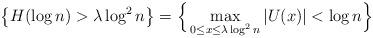
LaTeX: \begin{align*}\big\{H(\log n) > \lambda \log^2 n\big\} = \Big\{\max_{0 \leq x \leq \lambda \log^2 n} |U(x)| < \log n\Big\}\end{align*}